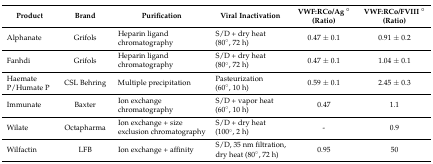
| Product | Brand | Purification | Viral Inactivation | VWF:RCo/Ag ° (Ratio) | VWF:RCo/FVIII ° (Ratio) |
 | --- | --- | --- | --- | --- | --- |
 | Alphanate | Grifols | Heparin ligand chromatography | S/D + dry heat (80°, 72 h) | 0.47 ± 0.1 | 0.91 ± 0.2 |
 | Fanhdi | Grifols | Heparin ligand chromatography | S/D + dry heat (80°, 72 h) | 0.47 ± 0.1 | 1.04 ± 0.1 |
 | Haemate P/Humate P | CSL Behring | Multiple precipitation | Pasteurization (60°, 10 h) | 0.59 ± 0.1 | 2.45 ± 0.3 |
 | Immunate | Baxter | Ion exchange chromatography | S/D + vapor heat (60°, 10 h) | 0.47 | 1.1 |
 | Wilate | Octapharma | Ion exchange + size exclusion chromatography | S/D + dry heat (100°, 2 h) | - | 0.9 |
 | Wilfactin | LFB | Ion exchange + affinity | S/D, 35 nm filtration, dry heat (80°, 72 h) | 0.95 | 50 |